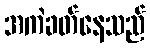
အကဲခတ်နေသည်